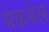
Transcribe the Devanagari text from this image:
मेकबेल